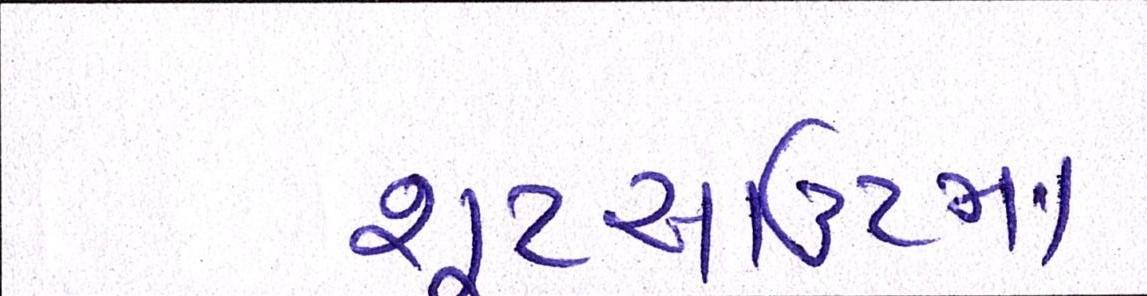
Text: શૂટઆઉટમાં